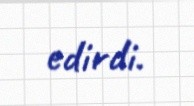
edirdi.